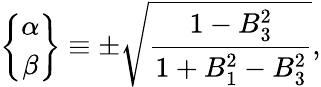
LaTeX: \left\{ \begin{array}{c}{{\alpha}}\\ {{\beta}}\end{array}\right\} \equiv\pm\sqrt\frac{1-B_{3}^{2}}{1+B_{1}^{2}-B_{3}^{2}},